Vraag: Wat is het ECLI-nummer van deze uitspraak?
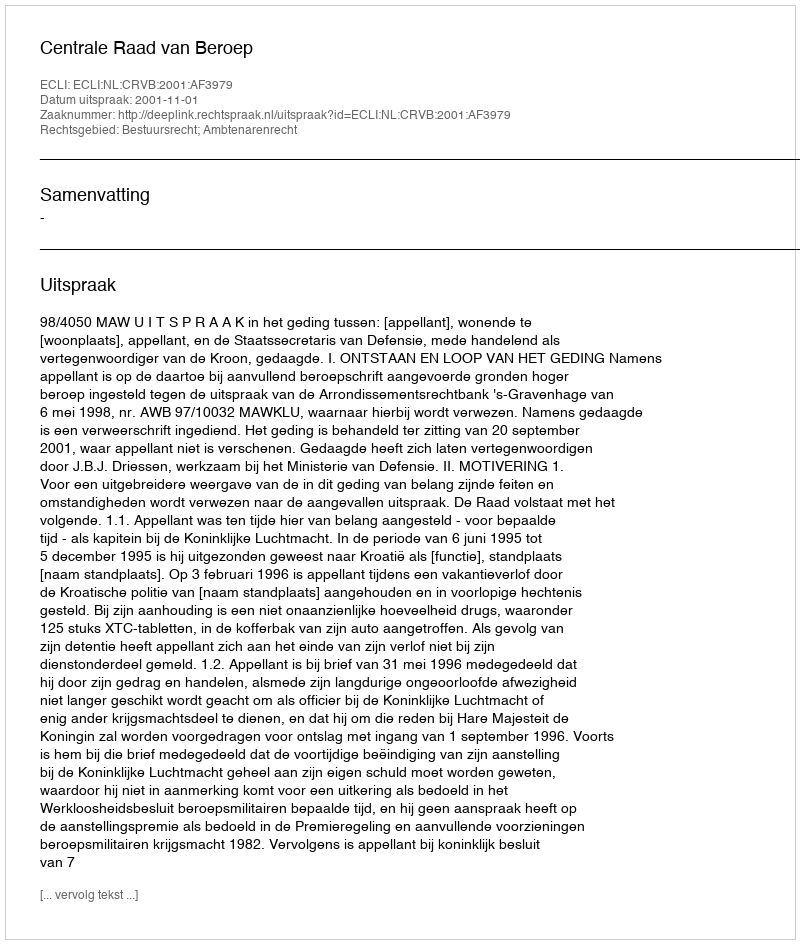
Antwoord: ECLI:NL:CRVB:2001:AF3979